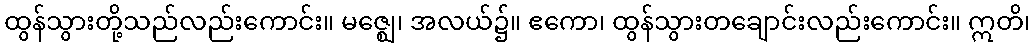
ထွန်သွားတို့သည်လည်းကောင်း။ မဇ္ဈေ၊ အလယ်၌။ ဧကော၊ ထွန်သွားတချောင်းလည်းကောင်း။ ဣတိ၊